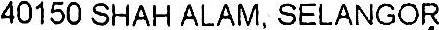
40150 SHAH ALAM, SELANGOR